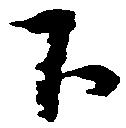
下